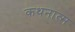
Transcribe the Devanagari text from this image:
कथनात्म